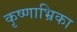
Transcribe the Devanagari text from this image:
कृष्णाभ्रिका